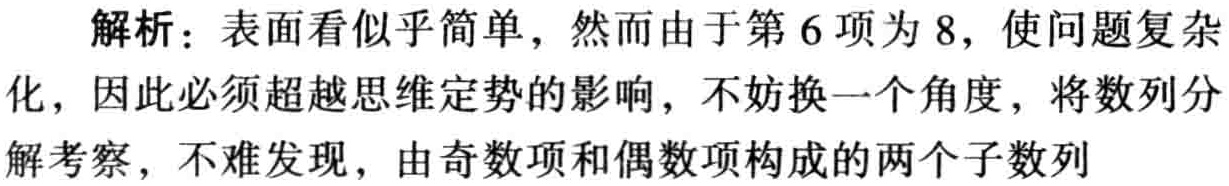
解析：表面看似乎简单，然而由于第6项为8，使问题复杂
化，因此必须超越思维定势的影响，不妨换一个角度，将数列分
解考察，不难发现，由奇数项和偶数项构成的两个子数列